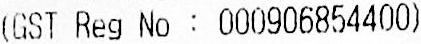
(GST REG NO : 000906854400)